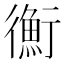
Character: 𢖍